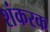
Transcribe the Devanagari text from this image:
शंकरक